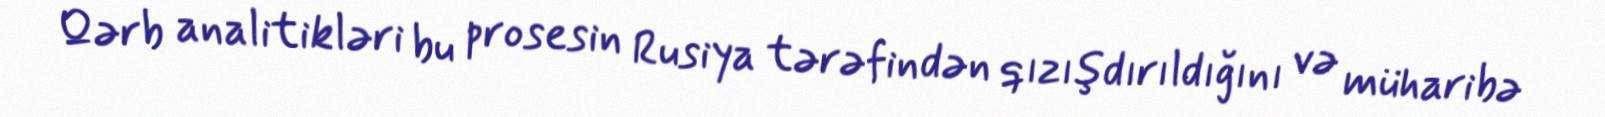
Qərb analitikləri bu prosesin Rusiya tərəfindən qızışdırıldığını və müharibə